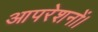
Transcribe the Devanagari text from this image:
आपरेशनों।